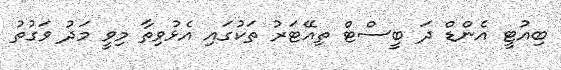
ބިއުޓީ އެންޑް ދަ ބީސްޓް ތިއޭޓަރު ތަކުގައި އެޅުވިތާ މިވީ މަދު ވަގުތު